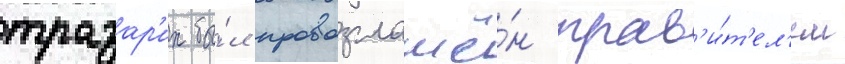
тразар'их бы́л провозглашё́н прав'и́т'ел'ем